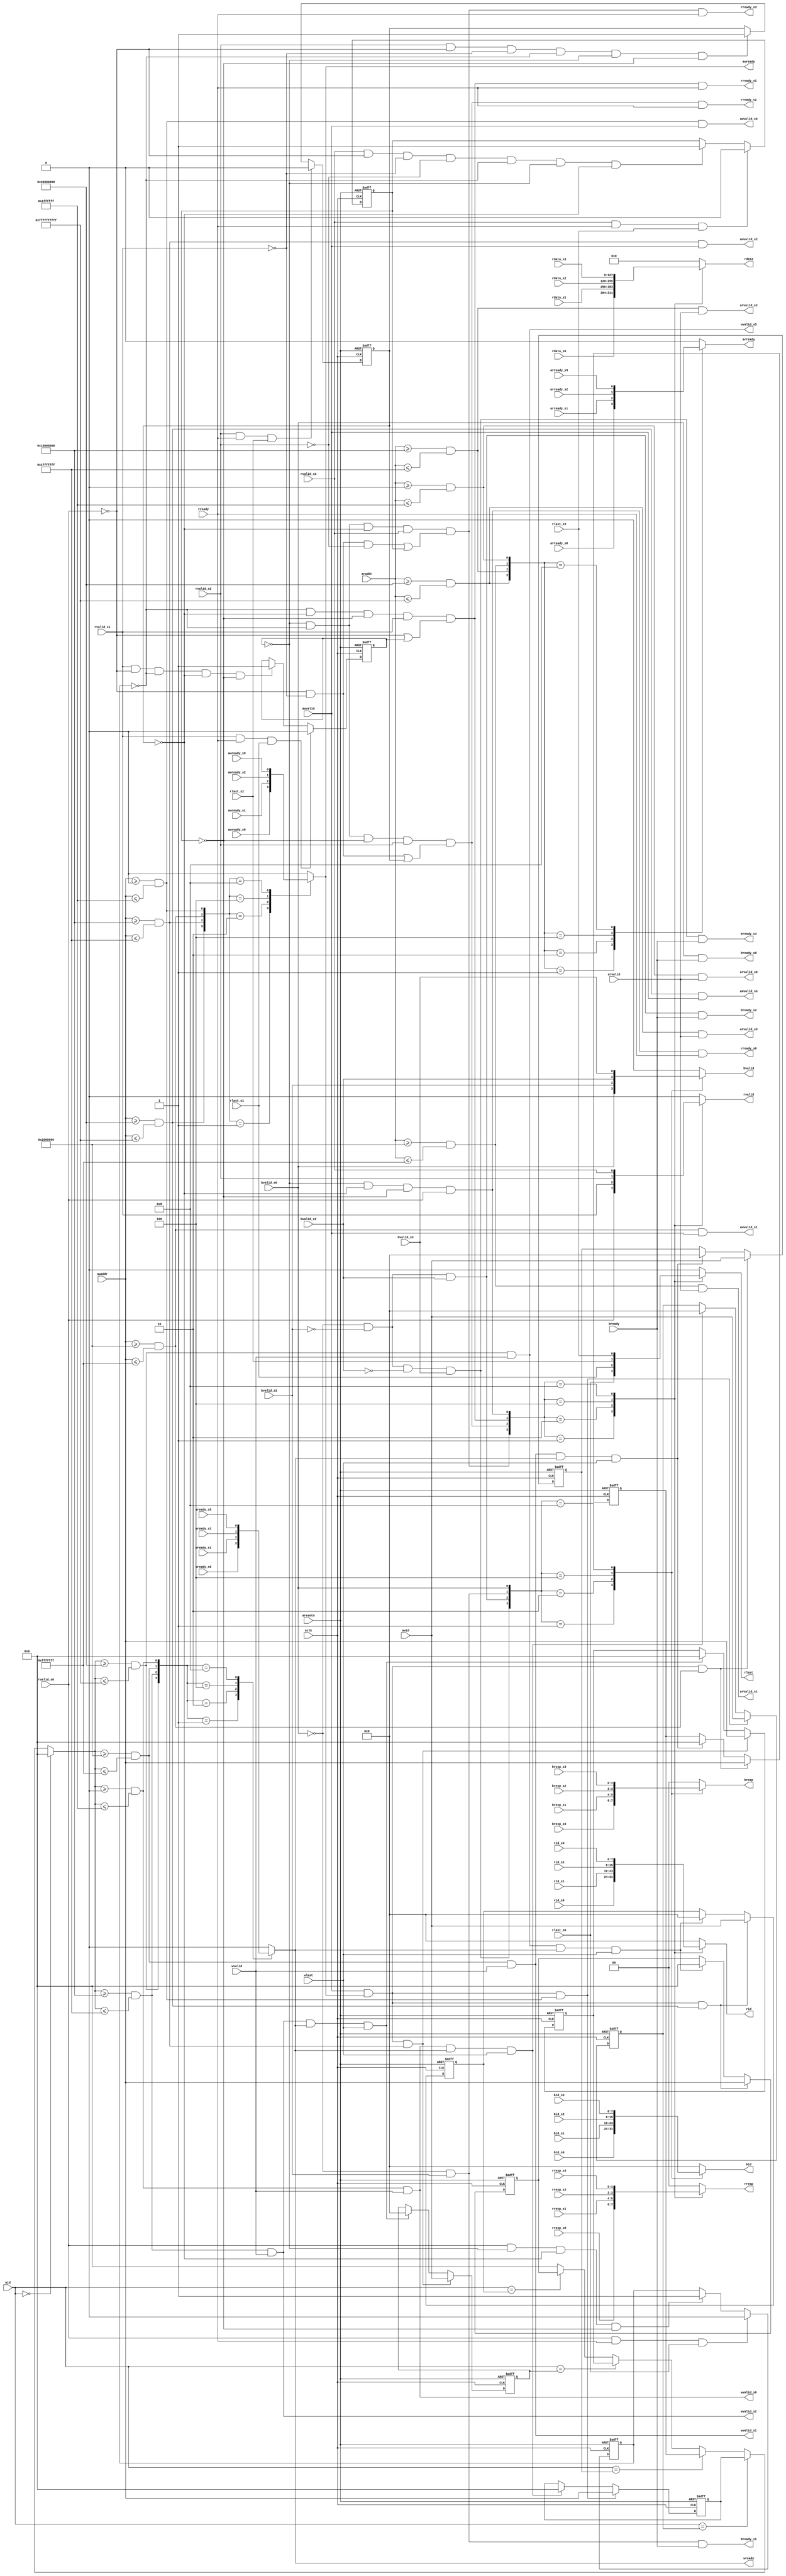
/*Copyright 2019-2021 T-Head Semiconductor Co., Ltd.

Licensed under the Apache License, Version 2.0 (the "License");
you may not use this file except in compliance with the License.
You may obtain a copy of the License at

    http://www.apache.org/licenses/LICENSE-2.0

Unless required by applicable law or agreed to in writing, software
distributed under the License is distributed on an "AS IS" BASIS,
WITHOUT WARRANTIES OR CONDITIONS OF ANY KIND, either express or implied.
See the License for the specific language governing permissions and
limitations under the License.
*/























module axi_interconnect128(
  aclk,
  araddr,
  aresetn,
  arready,
  arready_s0,
  arready_s1,
  arready_s2,
  arready_s3,
  arvalid,
  arvalid_s0,
  arvalid_s1,
  arvalid_s2,
  arvalid_s3,
  awaddr,
  awid,
  awready,
  awready_s0,
  awready_s1,
  awready_s2,
  awready_s3,
  awvalid,
  awvalid_s0,
  awvalid_s1,
  awvalid_s2,
  awvalid_s3,
  bid,
  bid_s0,
  bid_s1,
  bid_s2,
  bid_s3,
  bready,
  bready_s0,
  bready_s1,
  bready_s2,
  bready_s3,
  bresp,
  bresp_s0,
  bresp_s1,
  bresp_s2,
  bresp_s3,
  bvalid,
  bvalid_s0,
  bvalid_s1,
  bvalid_s2,
  bvalid_s3,
  rdata,
  rdata_s0,
  rdata_s1,
  rdata_s2,
  rdata_s3,
  rid,
  rid_s0,
  rid_s1,
  rid_s2,
  rid_s3,
  rlast,
  rlast_s0,
  rlast_s1,
  rlast_s2,
  rlast_s3,
  rready,
  rready_s0,
  rready_s1,
  rready_s2,
  rready_s3,
  rresp,
  rresp_s0,
  rresp_s1,
  rresp_s2,
  rresp_s3,
  rvalid,
  rvalid_s0,
  rvalid_s1,
  rvalid_s2,
  rvalid_s3,
  wid,
  wlast,
  wready,
  wready_s0,
  wready_s1,
  wready_s2,
  wready_s3,
  wvalid,
  wvalid_s0,
  wvalid_s1,
  wvalid_s2,
  wvalid_s3
);


input            aclk;             
input   [39 :0]  araddr;           
input            aresetn;          
input            arready_s0;       
input            arready_s1;       
input            arready_s2;       
input            arready_s3;       
input            arvalid;          
input   [39 :0]  awaddr;           
input   [7  :0]  awid;             
input            awready_s0;       
input            awready_s1;       
input            awready_s2;       
input            awready_s3;       
input            awvalid;          
input   [7  :0]  bid_s0;           
input   [7  :0]  bid_s1;           
input   [7  :0]  bid_s2;           
input   [7  :0]  bid_s3;           
input            bready;           
input   [1  :0]  bresp_s0;         
input   [1  :0]  bresp_s1;         
input   [1  :0]  bresp_s2;         
input   [1  :0]  bresp_s3;         
input            bvalid_s0;        
input            bvalid_s1;        
input            bvalid_s2;        
input            bvalid_s3;        
input   [127:0]  rdata_s0;         
input   [127:0]  rdata_s1;         
input   [127:0]  rdata_s2;         
input   [127:0]  rdata_s3;         
input   [7  :0]  rid_s0;           
input   [7  :0]  rid_s1;           
input   [7  :0]  rid_s2;           
input   [7  :0]  rid_s3;           
input            rlast_s0;         
input            rlast_s1;         
input            rlast_s2;         
input            rlast_s3;         
input            rready;           
input   [1  :0]  rresp_s0;         
input   [1  :0]  rresp_s1;         
input   [1  :0]  rresp_s2;         
input   [1  :0]  rresp_s3;         
input            rvalid_s0;        
input            rvalid_s1;        
input            rvalid_s2;        
input            rvalid_s3;        
input   [7  :0]  wid;              
input            wlast;            
input            wready_s0;        
input            wready_s1;        
input            wready_s2;        
input            wready_s3;        
input            wvalid;           
output           arready;          
output           arvalid_s0;       
output           arvalid_s1;       
output           arvalid_s2;       
output           arvalid_s3;       
output           awready;          
output           awvalid_s0;       
output           awvalid_s1;       
output           awvalid_s2;       
output           awvalid_s3;       
output  [7  :0]  bid;              
output           bready_s0;        
output           bready_s1;        
output           bready_s2;        
output           bready_s3;        
output  [1  :0]  bresp;            
output           bvalid;           
output  [127:0]  rdata;            
output  [7  :0]  rid;              
output           rlast;            
output           rready_s0;        
output           rready_s1;        
output           rready_s2;        
output           rready_s3;        
output  [1  :0]  rresp;            
output           rvalid;           
output           wready;           
output           wvalid_s0;        
output           wvalid_s1;        
output           wvalid_s2;        
output           wvalid_s3;        


reg              arready;          
reg     [39 :0]  awaddr_sel_store0; 
reg     [39 :0]  awaddr_sel_store1; 
reg     [39 :0]  awaddr_sel_store2; 
reg     [39 :0]  awaddr_sel_store3; 
reg     [39 :0]  awaddr_store;     
reg     [7  :0]  awid_sel_store0;  
reg     [7  :0]  awid_sel_store1;  
reg     [7  :0]  awid_sel_store2;  
reg     [7  :0]  awid_sel_store3;  
reg              awready;          
reg     [7  :0]  bid;              
reg     [1  :0]  bresp;            
reg              bvalid;           
reg     [127:0]  rdata;            
reg              read_done0;       
reg              read_done1;       
reg              read_done2;       
reg              read_done3;       
reg     [7  :0]  rid;              
reg              rlast;            
reg     [1  :0]  rresp;            
reg              rvalid;           
reg              wready;           


wire             aclk;             
wire    [39 :0]  araddr;           
wire             aresetn;          
wire             arready_s0;       
wire             arready_s1;       
wire             arready_s2;       
wire             arready_s3;       
wire             arsel0;           
wire             arsel1;           
wire             arsel2;           
wire             arsel3;           
wire             arvalid;          
wire             arvalid_s0;       
wire             arvalid_s1;       
wire             arvalid_s2;       
wire             arvalid_s3;       
wire    [39 :0]  awaddr;           
wire    [7  :0]  awid;             
wire             awready_s0;       
wire             awready_s1;       
wire             awready_s2;       
wire             awready_s3;       
wire             awsel0;           
wire             awsel1;           
wire             awsel2;           
wire             awsel3;           
wire             awvalid;          
wire             awvalid_s0;       
wire             awvalid_s1;       
wire             awvalid_s2;       
wire             awvalid_s3;       
wire    [7  :0]  bid_s0;           
wire    [7  :0]  bid_s1;           
wire    [7  :0]  bid_s2;           
wire    [7  :0]  bid_s3;           
wire             bready;           
wire             bready_s0;        
wire             bready_s1;        
wire             bready_s2;        
wire             bready_s3;        
wire    [1  :0]  bresp_s0;         
wire    [1  :0]  bresp_s1;         
wire    [1  :0]  bresp_s2;         
wire    [1  :0]  bresp_s3;         
wire             bsel0;            
wire             bsel1;            
wire             bsel2;            
wire             bsel3;            
wire             bvalid_s0;        
wire             bvalid_s1;        
wire             bvalid_s2;        
wire             bvalid_s3;        
wire             clr_store0;       
wire             clr_store1;       
wire             clr_store2;       
wire             clr_store3;       
wire    [127:0]  rdata_s0;         
wire    [127:0]  rdata_s1;         
wire    [127:0]  rdata_s2;         
wire    [127:0]  rdata_s3;         
wire    [7  :0]  rid_s0;           
wire    [7  :0]  rid_s1;           
wire    [7  :0]  rid_s2;           
wire    [7  :0]  rid_s3;           
wire             rlast_s0;         
wire             rlast_s1;         
wire             rlast_s2;         
wire             rlast_s3;         
wire             rready;           
wire             rready_s0;        
wire             rready_s1;        
wire             rready_s2;        
wire             rready_s3;        
wire    [1  :0]  rresp_s0;         
wire    [1  :0]  rresp_s1;         
wire    [1  :0]  rresp_s2;         
wire    [1  :0]  rresp_s3;         
wire             rsel0;            
wire             rsel1;            
wire             rsel2;            
wire             rsel3;            
wire             rvalid_s0;        
wire             rvalid_s1;        
wire             rvalid_s2;        
wire             rvalid_s3;        
wire    [7  :0]  wid;              
wire             wlast;            
wire             wready_s0;        
wire             wready_s1;        
wire             wready_s2;        
wire             wready_s3;        
wire             wsel0;            
wire             wsel1;            
wire             wsel2;            
wire             wsel3;            
wire             wvalid;           
wire             wvalid_s0;        
wire             wvalid_s1;        
wire             wvalid_s2;        
wire             wvalid_s3;        














  parameter SRAM_START = 40'h0000_0000;
//  parameter SRAM_END   = 40'h000fffff;
  parameter SRAM_END   = 40'h01ff_ffff;

  parameter ERR1_START = 40'h0200_0000;
  parameter ERR1_END   = 40'h0fff_ffff;

  parameter APB_START  = 40'h10000000;
  parameter APB_END    = 40'h1fffffff;

  parameter ERR2_START = 40'h20000000;
  parameter ERR2_END   = 40'hff_ffffffff;



  assign awsel0 = (awaddr>=SRAM_START) && (awaddr<=SRAM_END);
  assign awsel1 = (awaddr>=ERR1_START) && (awaddr<=ERR1_END);
  assign awsel2 = (awaddr>=APB_START)  && (awaddr<=APB_END);
  assign awsel3 = (awaddr>=ERR2_START) && (awaddr<=ERR2_END);





  
  assign awvalid_s0 = awsel0 & awvalid;
  assign awvalid_s1 = awsel1 & awvalid;
  assign awvalid_s2 = awsel2 & awvalid;
  assign awvalid_s3 = awsel3 & awvalid;


always @( awsel0
       or awsel3
       or awready_s0
       or awready_s2
       or awsel1
       or awsel2
       or awready_s1
       or awready_s3)
begin
      case({awsel3,awsel2,awsel1,awsel0})
        4'b0001: awready = awready_s0;
        4'b0010: awready = awready_s1;
        4'b0100: awready = awready_s2;
        4'b1000: awready = awready_s3;
        default:  awready = 1'b0;
      endcase

end





  assign clr_store0 = wsel0 & wvalid & wready & wlast;
  assign clr_store1 = wsel1 & wvalid & wready & wlast;
  assign clr_store2 = wsel2 & wvalid & wready & wlast;
  assign clr_store3 = wsel3 & wvalid & wready & wlast;

  always @(posedge aclk or negedge aresetn)
  begin
    if(!aresetn) begin
        awaddr_sel_store0 <= 40'b0;
        awid_sel_store0 <= 8'b0;
    end
    else if(awvalid && awready && awsel0) begin
                awaddr_sel_store0[39:0] <= awaddr[39:0];
                awid_sel_store0[7:0] <= awid[7:0];
    end
    else if(clr_store0) begin
            awaddr_sel_store0[39:0] <= 40'b0;
            awid_sel_store0[7:0] <= 8'b0;
    end
  end

  always @(posedge aclk or negedge aresetn)
  begin
    if(!aresetn) begin
        awaddr_sel_store1 <= 40'b0;
        awid_sel_store1 <= 8'b0;
    end
    else if(awvalid && awready && awsel1) begin
                awaddr_sel_store1[39:0] <= awaddr[39:0];
                awid_sel_store1[7:0] <= awid[7:0];
    end
    else if(clr_store1) begin
            awaddr_sel_store1[39:0] <= 40'b0;
            awid_sel_store1[7:0] <= 8'b0;
    end
  end

  always @(posedge aclk or negedge aresetn)
  begin
    if(!aresetn) begin
        awaddr_sel_store2 <= 40'b0;
        awid_sel_store2 <= 8'b0;
    end
    else if(awvalid && awready && awsel2) begin
                awaddr_sel_store2[39:0] <= awaddr[39:0];
                awid_sel_store2[7:0] <= awid[7:0];
    end
    else if(clr_store2) begin
            awaddr_sel_store2[39:0] <= 40'b0;
            awid_sel_store2[7:0] <= 8'b0;
    end
  end

  always @(posedge aclk or negedge aresetn)
  begin
    if(!aresetn) begin
        awaddr_sel_store3 <= 40'b0;
        awid_sel_store3 <= 8'b0;
    end
    else if(awvalid && awready && awsel3) begin
                awaddr_sel_store3[39:0] <= awaddr[39:0];
                awid_sel_store3[7:0] <= awid[7:0];
    end
    else if(clr_store3) begin
            awaddr_sel_store3[39:0] <= 40'b0;
            awid_sel_store3[7:0] <= 8'b0;
    end
  end


  always @(*)
  begin
  if(wid[7:0] == 8'h0)
    awaddr_store[39:0] = 40'h0;
  else if(wid[7:0] == awid_sel_store0[7:0])
    awaddr_store[39:0] = awaddr_sel_store0[39:0];
  else if(wid[7:0] == awid_sel_store1[7:0])
    awaddr_store[39:0] = awaddr_sel_store1[39:0];
  else if(wid[7:0] == awid_sel_store2[7:0])
    awaddr_store[39:0] = awaddr_sel_store2[39:0];
  else if(wid[7:0] == awid_sel_store3[7:0])
    awaddr_store[39:0] = awaddr_sel_store3[39:0];
  else
    awaddr_store[39:0] = 40'h0;
  end

  assign wsel0 = (awaddr_store>=SRAM_START) && (awaddr_store<=SRAM_END);
  assign wsel1 = (awaddr_store>=ERR1_START) && (awaddr_store<=ERR1_END);
  assign wsel2 = (awaddr_store>=APB_START)  && (awaddr_store<=APB_END);
  assign wsel3 = (awaddr_store>=ERR2_START) && (awaddr_store<=ERR2_END);





  
  assign wvalid_s0 = wsel0 & wvalid;
  assign wvalid_s1 = wsel1 & wvalid;
  assign wvalid_s2 = wsel2 & wvalid;
  assign wvalid_s3 = wsel3 & wvalid;


always @( wready_s0
       or wsel3
       or wready_s3
       or wready_s1
       or wready_s2
       or wsel0
       or wsel2
       or wsel1)
begin
      case({wsel3,wsel2,wsel1,wsel0})
        4'b0001: wready = wready_s0;
        4'b0010: wready = wready_s1;
        4'b0100: wready = wready_s2;
        4'b1000: wready = wready_s3;
        default: wready = 1'b0;
      endcase

end



  assign bsel0 = bvalid_s0;
  assign bsel1 = (!bvalid_s0) & bvalid_s1;
  assign bsel2 = (!bvalid_s0) & (!bvalid_s1) & bvalid_s2;
  assign bsel3 = (!bvalid_s0) & (!bvalid_s1) & (!bvalid_s2) & bvalid_s3;

  assign bready_s0 = bsel0 & bready;
  assign bready_s1 = bsel1 & bready;
  assign bready_s2 = bsel2 & bready;
  assign bready_s3 = bsel3 & bready;


always @( bresp_s0[1:0]
       or bresp_s3[1:0]
       or bsel1
       or bsel0
       or bid_s2[7:0]
       or bid_s1[7:0]
       or bvalid_s1
       or bvalid_s3
       or bid_s3[7:0]
       or bsel2
       or bvalid_s2
       or bresp_s1[1:0]
       or bvalid_s0
       or bid_s0[7:0]
       or bsel3
       or bresp_s2[1:0])
begin
      case({bsel3,bsel2,bsel1,bsel0})
        4'b0001: begin
                    bvalid = bvalid_s0;
                    bid[7:0] = bid_s0[7:0];
                    bresp[1:0] = bresp_s0[1:0];
                  end 
        4'b0010: begin
                    bvalid = bvalid_s1;
                    bid[7:0] = bid_s1[7:0];
                    bresp[1:0] = bresp_s1[1:0];
                  end
        4'b0100: begin
                    bvalid = bvalid_s2;
                    bid[7:0] = bid_s2[7:0];
                    bresp[1:0] = bresp_s2[1:0];
                  end
        4'b1000: begin
                    bvalid = bvalid_s3;
                    bid[7:0] = bid_s3[7:0];
                    bresp[1:0] = bresp_s3[1:0];
                  end
        default:  begin
                    bvalid = 1'b0;
                    bid[7:0] = 8'b0;
                    bresp[1:0] = 2'b0;
                  end
      endcase

end






  assign arsel0 = (araddr>=SRAM_START) && (araddr<=SRAM_END);
  assign arsel1 = (araddr>=ERR1_START) && (araddr<=ERR1_END);
  assign arsel2 = (araddr>=APB_START)  && (araddr<=APB_END);
  assign arsel3 = (araddr>=ERR2_START) && (araddr<=ERR2_END);





  
  assign arvalid_s0 = arsel0 & arvalid;
  assign arvalid_s1 = arsel1 & arvalid;
  assign arvalid_s2 = arsel2 & arvalid;
  assign arvalid_s3 = arsel3 & arvalid;


always @( arready_s2
       or arready_s1
       or arsel1
       or arsel0
       or arsel3
       or arsel2
       or arready_s0
       or arready_s3)
begin
      case({arsel3,arsel2,arsel1,arsel0})
        4'b0001: arready = arready_s0;
        4'b0010: arready = arready_s1;
        4'b0100: arready = arready_s2;
        4'b1000: arready = arready_s3;
        default: arready = 1'b0;
      endcase

end




  always @(posedge aclk or negedge aresetn)
  begin
    if(!aresetn)
        read_done0 <= 1'b0;
    else if(rvalid_s0 && rready && rlast_s0)
        read_done0 <= 1'b0;
    else if(rvalid_s0 && (!read_done1) && (!read_done2) && (!read_done3))
        read_done0 <= 1'b1;
  end

  assign rsel0 = (!read_done1)&&(!read_done2)&&(!read_done3)&&rvalid_s0;
  
  always @(posedge aclk or negedge aresetn)
  begin
    if(!aresetn)
        read_done1 <= 1'b0;
    else if(rvalid_s1 && rready && rlast_s1)
        read_done1 <= 1'b0;
    else if(rvalid_s1 && (!rvalid_s0) && (!read_done0) &&
            (!read_done2) && (!read_done3))
        read_done1 <= 1'b1;
  end

  assign rsel1 = (!read_done0)&&(!read_done2)&&(!read_done3)&&rvalid_s1
                 &&((!rvalid_s0) || read_done1);
  
  always @(posedge aclk or negedge aresetn)
  begin
    if(!aresetn)
        read_done2 <= 1'b0;
    else if(rvalid_s2 && rready && rlast_s2)
        read_done2 <= 1'b0;
    else if(rvalid_s2 && (!rvalid_s0) && (!rvalid_s1) 
           && (!read_done0) && (!read_done1) && (!read_done3))
        read_done2 <= 1'b1;
  end

  assign rsel2 = (!read_done1)&&(!read_done0)&&(!read_done3)&&rvalid_s2
                 &&((!rvalid_s0)&&(!rvalid_s1) || read_done2);
  
  always @(posedge aclk or negedge aresetn)
  begin
    if(!aresetn)
        read_done3 <= 1'b0;
    else if(rvalid_s3 && rready && rlast_s3)
        read_done3 <= 1'b0;
    else if(rvalid_s3 && (!rvalid_s0) && (!rvalid_s1) && (!rvalid_s2)
           && (!read_done0) && (!read_done1) && (!read_done2))
        read_done3 <= 1'b1;
  end

  assign rsel3 = (!read_done1)&&(!read_done0)&&(!read_done2)&&rvalid_s3
                 &&((!rvalid_s0)&&(!rvalid_s1)&&(!rvalid_s2) || read_done3);
  
  assign rready_s0 = rsel0 & rready;
  assign rready_s1 = rsel1 & rready;
  assign rready_s2 = rsel2 & rready;
  assign rready_s3 = rsel3 & rready;


always @( rvalid_s0
       or rid_s1[7:0]
       or rsel2
       or rvalid_s3
       or rdata_s0[127:0]
       or rid_s2[7:0]
       or rid_s0[7:0]
       or rlast_s2
       or rresp_s2[1:0]
       or rresp_s0[1:0]
       or rresp_s1[1:0]
       or rlast_s1
       or rid_s3[7:0]
       or rdata_s2[127:0]
       or rsel3
       or rdata_s3[127:0]
       or rvalid_s2
       or rresp_s3[1:0]
       or rlast_s0
       or rdata_s1[127:0]
       or rsel0
       or rsel1
       or rlast_s3
       or rvalid_s1)
begin
      case({rsel3,rsel2,rsel1,rsel0})
        4'b0001: begin
                    rvalid = rvalid_s0;
                    rid[7:0] = rid_s0[7:0];
                    rdata[127:0] = rdata_s0[127:0];
                    rresp[1:0] = rresp_s0[1:0];
                    rlast = rlast_s0;
                  end 
        4'b0010: begin
                    rvalid = rvalid_s1;
                    rid[7:0] = rid_s1[7:0];
                    rdata[127:0] = rdata_s1[127:0];
                    rresp[1:0] = rresp_s1[1:0];
                    rlast = rlast_s1;
                  end 
        4'b0100: begin
                    rvalid = rvalid_s2;
                    rid[7:0] = rid_s2[7:0];
                    rdata[127:0] = rdata_s2[127:0];
                    rresp[1:0] = rresp_s2[1:0];
                    rlast = rlast_s2;
                  end 
        4'b1000: begin
                    rvalid = rvalid_s3;
                    rid[7:0] = rid_s3[7:0];
                    rdata[127:0] = rdata_s3[127:0];
                    rresp[1:0] = rresp_s3[1:0];
                    rlast = rlast_s3;
                  end 
        default:  begin
                    rvalid = 1'b0;
                    rid[7:0] = 8'b0;
                    rdata[127:0] = 128'b0;
                    rresp[1:0] = 2'b0;
                    rlast = 1'b0;
                  end 
      endcase

end






endmodule